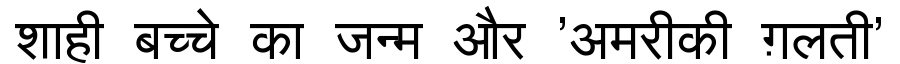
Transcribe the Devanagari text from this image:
शाही बच्चे का जन्म और 'अमरीकी ग़लती'